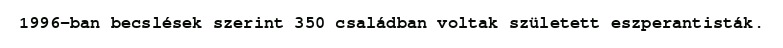
1996-ban becslések szerint 350 családban voltak született eszperantisták.